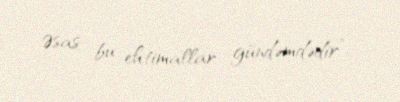
Əsas bu ehtimallar gündəmdədir”.